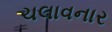
ચલાવનાર